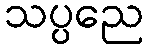
သပ္ပညေ